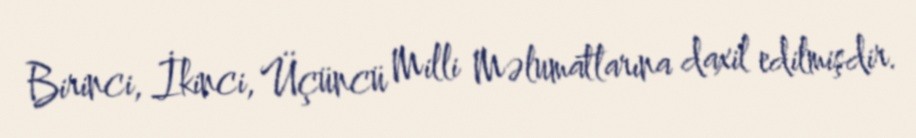
Birinci, İkinci, Üçüncü Milli Məlumatlarına daxil edilmişdir.